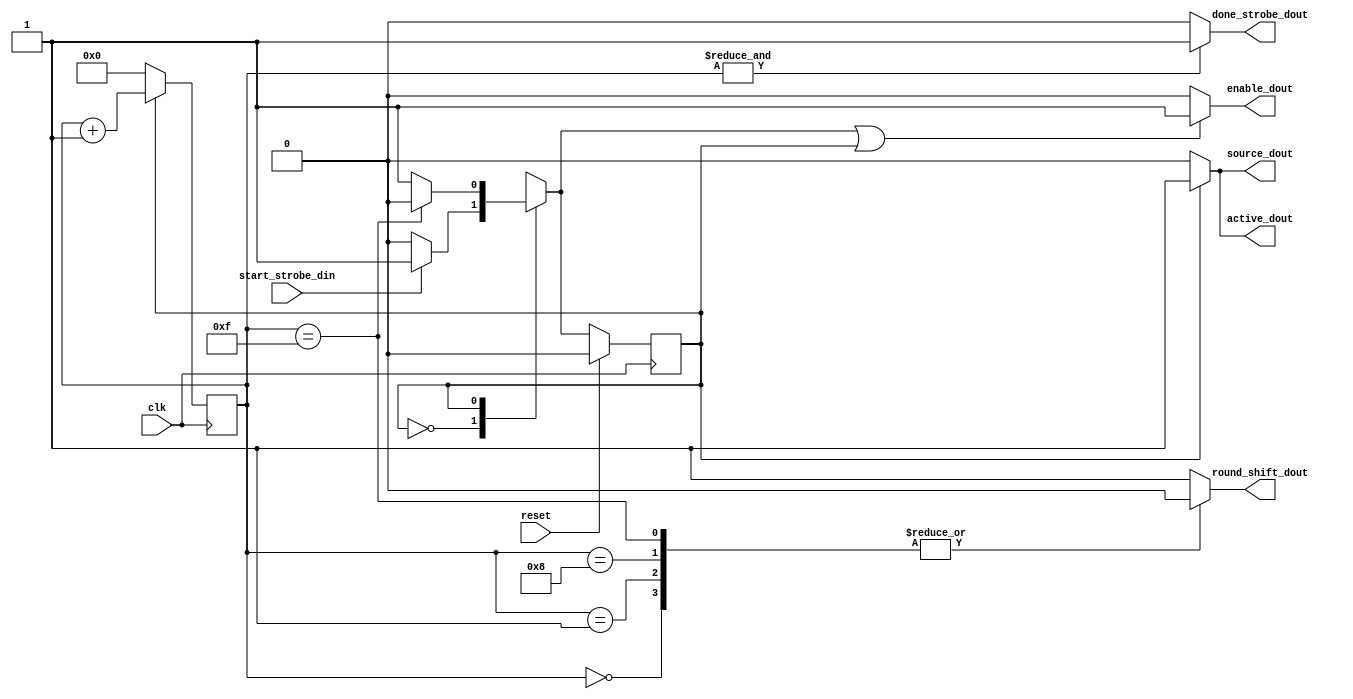
module des_control
	(
		input wire clk,
		input wire reset,

	// -- input ---------------------------------------------------------- >>>>>
		input wire start_strobe_din,

	// -- output --------------------------------------------------------- >>>>>
		output wire enable_dout,
		output wire source_dout,
		output wire active_dout,
		output reg  round_shift_dout,

		output wire done_strobe_dout
    );

// -- Parametros Locales ------------------------------------------------- >>>>>
	localparam IDLE 	= 1'b0;
	localparam ACTIVE 	= 1'b1;


// -- Declaracion temprana de Seales ------------------------------------ >>>>>
	reg [3:0]	round_counter;


// -- FSM::DES ----------------------------------------------------------- >>>>>
	reg state_reg;
	reg state_next;

	// -- Elementos de memoria FSM --------------------------------------- >>>>> 
		always @(posedge clk)
			if(reset)
				state_reg <= IDLE;
			else
				state_reg <= state_next;

	// -- Logica de estado siguiente ------------------------------------- >>>>>
		always @(*)
			begin
				state_next = state_reg;
				case (state_reg)
					IDLE: 		if (start_strobe_din)
									state_next = ACTIVE;
					
					ACTIVE:	if (round_counter == 4'b1111)
									state_next = IDLE;
				endcase // state_reg
			end


	// -- Contador de rondas --------------------------------------------- >>>>>
		always @(posedge clk)
			if (state_reg)
				round_counter <= round_counter + 1'b1;
			else
				round_counter <= {4{1'b0}};


	// -- Logica de salidas de control ----------------------------------- >>>>>

		// -- enable ----------------------------------------------------- >>>>>
		assign enable_dout = (state_next | state_reg) ? 1'b1 : 1'b0;

		// -- round shift ------------------------------------------------ >>>>>
			always @(*)
				case (round_counter)
					4'd0 : round_shift_dout = 1'b0;
					4'd1 : round_shift_dout = 1'b0;
					4'd8 : round_shift_dout = 1'b0;
					4'd15: round_shift_dout = 1'b0;

					default : round_shift_dout = 1'b1;

				endcase // round_counter

		// -- source select ---------------------------------------------- >>>>>
			assign source_dout = (state_reg) ? 1'b1 : 1'b0;

		// -- done strobe ------------------------------------------------ >>>>>
			assign done_strobe_dout = (&round_counter) ? 1'b1 : 1'b0;

		// -- active ----------------------------------------------------- >>>>>
			assign active_dout = (state_reg) ? 1'b1 : 1'b0;


	// -- Simbolos de Depuracion ----------------------------------------- >>>>>
		wire [6*8:0]	estado_presente;
		wire [6*8:0]	estado_siguiente;

		assign estado_presente  = (state_reg)  ? "ACTIVE" : "IDLE";
		assign estado_siguiente = (state_next) ? "ACTIVE" : "IDLE";


endmodule